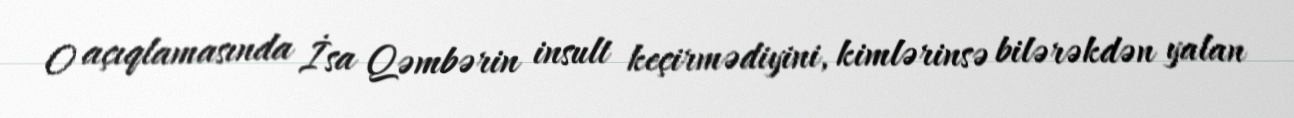
O açıqlamasında İsa Qəmbərin insult keçirmədiyini, kimlərinsə bilərəkdən yalan